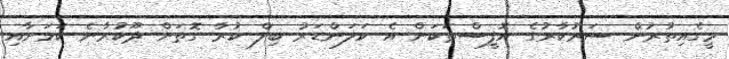
މީގެއިތުރުން ސަރުކާރުގެ އޮފީސްތަކަށް އެ ކަލަންޑަރު ބިލް ކުރާ ގޮތަށް ދޫކުރާނެ ކަމަށާއި